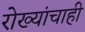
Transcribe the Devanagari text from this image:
रोख्यांचाही